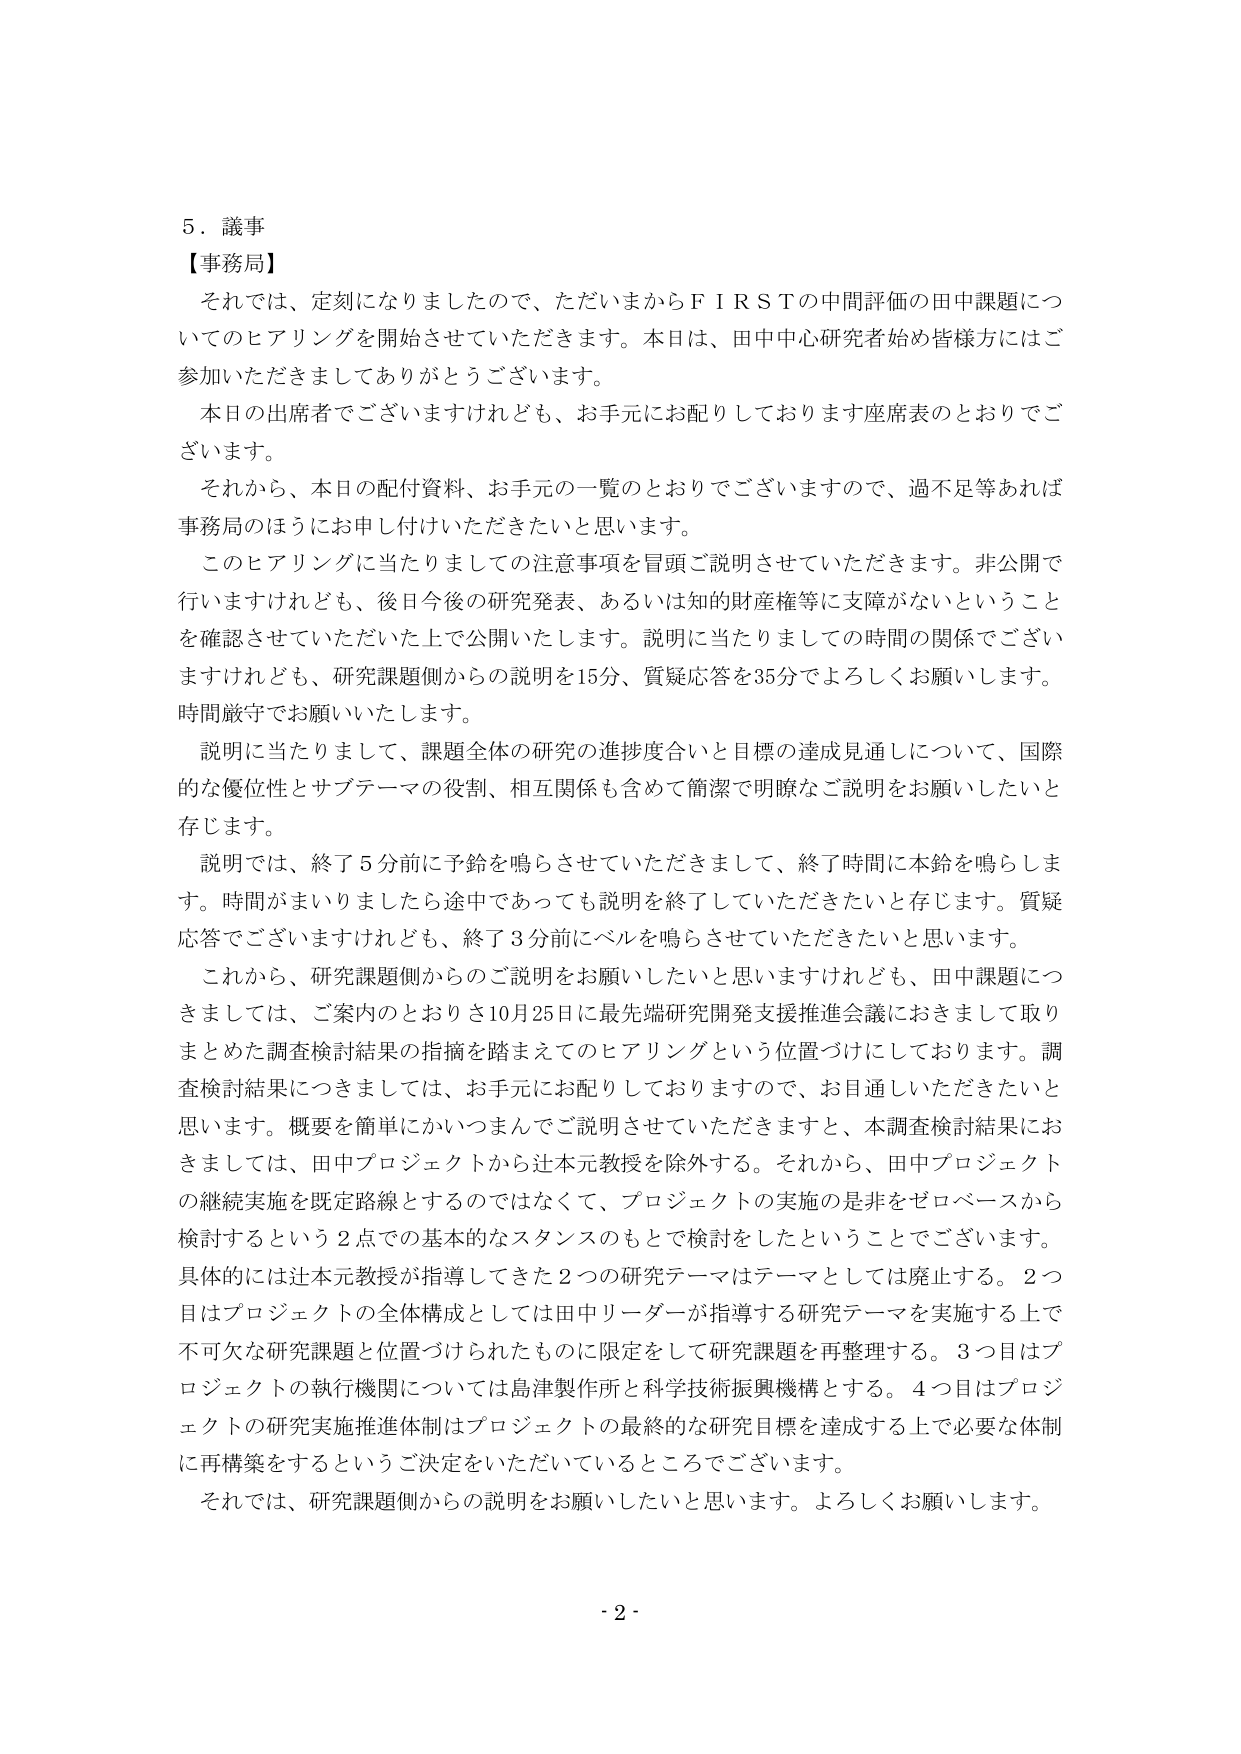
5．議事
【事務局】
それでは、定刻になりましたので、ただいまからＦＩＲＳＴの中間評価の田中課題についてのヒアリングを開始させていただきます。本日は、田中中心研究者始め皆様方にはご参加いただきましてありがとうございます。
本日の出席者でございますけれども、お手元にお配りしております座席表のとおりでございます。
それから、本日の配付資料、お手元の一覧のとおりでございますので、過不足等あれば事務局のほうにお申し付けいただきたいと思います。
このヒアリングに当たりましての注意事項を冒頭ご説明させていただきます。非公開で行いますけれども、後日今後の研究発表、あるいは知的財産権等に支障がないということを確認させていただいた上で公開いたします。説明に当たりましての時間の関係でございますけれども、研究課題側からの説明を15分、質疑応答を35分でよろしくお願いします。時間厳守でお願いいたします。
説明に当たりまして、課題全体の研究の進捗度合いと目標の達成見通しについて、国際的な優位性とサブテーマの役割、相互関係も含めて簡潔で明瞭なご説明をお願いしたいと存じます。
説明では、終了5分前に予鈴を鳴らさせていただきますし、終了時間に本鈴を鳴らします。時間がまいりましたら途中であっても説明を終了していただきたいと存じます。質疑応答でございますけれども、終了3分前にベルを鳴らさせていただきたいと思います。
これから、研究課題側からのご説明をお願いしたいと思いますけれども、田中課題につきましては、ご案内のとおりき10月25日に最先端研究開発支援推進会議におきまして取りまとめた調査検討結果の指摘を踏まえてのヒアリングという位置づけしております。調査検討結果につきましては、お手元にお配りしておりますので、お目通しいただきたいと思います。概要を簡単にかいつまんでご説明させていただきますと、本調査検討結果におきましては、田中プロジェクトから辻本元教授を除外する。それから、田中プロジェクトの継続実施を既定路線とするのではなくて、プロジェクトの実施の是非をゼロベースから検討するという2点での基本的なスタンスのもとで検討をしたということでございます。具体的には辻本元教授が指導してきた2つの研究テーマはテーマとしては廃止する。2つ目はプロジェクトの全体構成としては田中リーダーが指導する研究テーマを実施する上で不可欠な研究課題と位置づけられたものに限定をして研究課題を再整理する。3つ目はプロジェクトの執行機関については島津製作所と科学技術振興機構とする。4つ目はプロジェクトの研究実施推進体制はプロジェクトの最終的な研究目標を達成する上で必要な体制に再構築をするというご決定をいただいているところでございます。
それでは、研究課題側からの説明をお願いしたいと思います。よろしくお願いします。
- 2 -